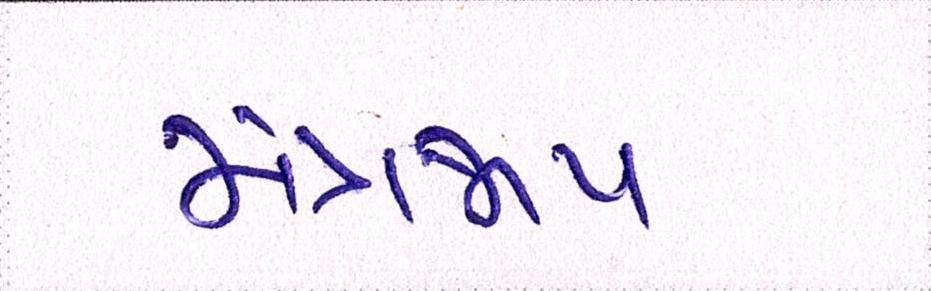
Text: મંત્રજાપ